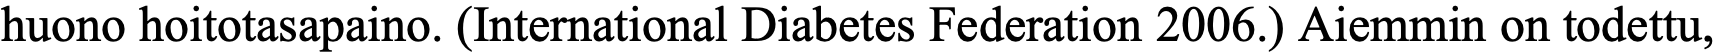
huono hoitotasapaino. (International Diabetes Federation 2006.) Aiemmin on todettu,